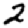
Digit: 2